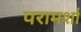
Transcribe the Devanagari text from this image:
परामर्शा